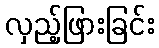
လှည့်ဖြားခြင်း